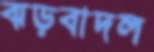
ঝড়বাদল